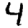
Digit: 4